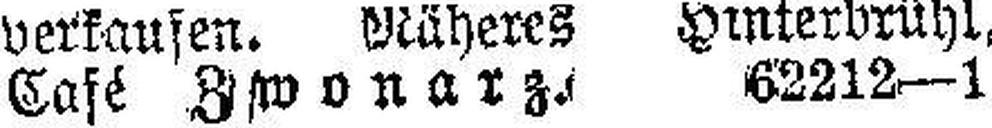
Café Zwonar### 62212—1